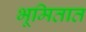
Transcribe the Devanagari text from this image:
भूमितात